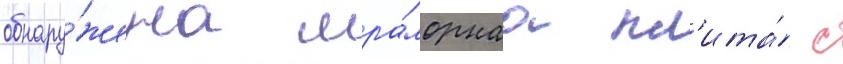
обнару́жена мра́морнаа пл'ита́ с